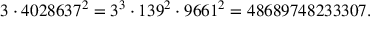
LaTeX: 3 \cdot 4 0 2 8 6 3 7 ^ { 2 } = 3 ^ { 3 } \cdot 1 3 9 ^ { 2 } \cdot 9 6 6 1 ^ { 2 } = 4 8 6 8 9 7 4 8 2 3 3 3 0 7 .